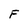
Character: F